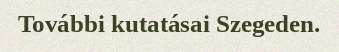
További kutatásai Szegeden.